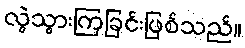
လွဲသွားကြခြင်းဖြစ်သည်။